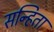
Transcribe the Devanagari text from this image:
सन्हिता